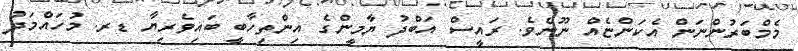
މެމްބަރުންނަން އެކަންޏެއް ނޫނެވެ. ރައީސް އަބްދު ޔާމީންގެ އިންތިހާބީ ބައިވެރިޔާ ޑރ. މުހައްމަދު